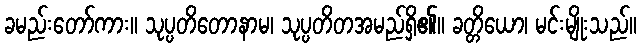
ခမည်းတော်ကား။ သုပ္ပတိတောနာမ၊ သုပ္ပတိတအမည်ရှိ၏။ ခတ္တိယော၊ မင်းမျိုးသည်။